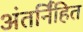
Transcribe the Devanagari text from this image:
अंतर्नि॑हित